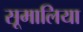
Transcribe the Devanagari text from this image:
सूमालिया